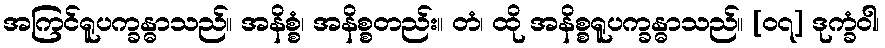
အကြင်ရူပက္ခန္ဓာသည်။ အနိစ္စံ၊ အနိစ္စတည်း။ တံ၊ ထို အနိစ္စရူပက္ခန္ဓာသည်။ [၀၇] ဒုက္ခံဝါ၊